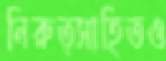
নিরুত্সাহিতও